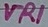
Text: VR1